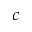
^ { c }